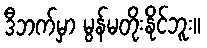
ဒီဘက်မှာ မွန်မတိုးနိုင်ဘူး။